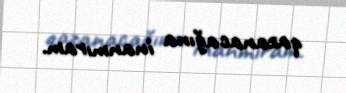
qazanacağına inanmıram.